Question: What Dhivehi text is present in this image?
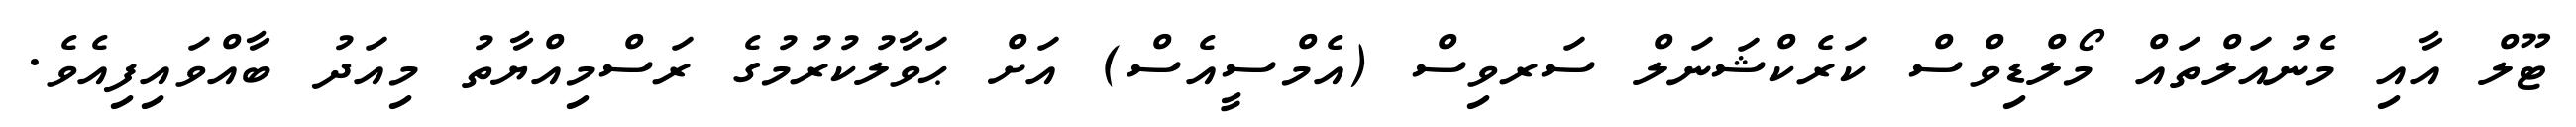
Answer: ޓޫލް އާއި މެނުއަލްތައް މޯލްޑިވްސް ކަރެކްޝަނަލް ސަރވިސް (އެމްސީއެސް) އަށް ޙަވާލުކުރުމުގެ ރަސްމިއްޔާތު މިއަދު ބާއްވައިފިއެވެ.